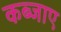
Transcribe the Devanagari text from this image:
कब्जाए